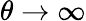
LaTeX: \theta\rightarrow\infty